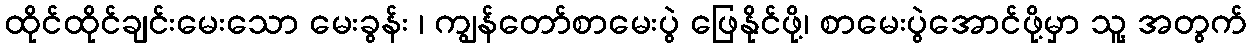
ထိုင်ထိုင်ချင်းမေးသော မေးခွန်း ၊ ကျွန်တော်စာမေးပွဲ ဖြေနိုင်ဖို့၊ စာမေးပွဲအောင်ဖို့မှာ သူ့ အတွက်